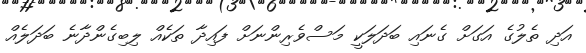
އަދި ތެލުގެ އަގަށް ގެނައި ބަދަލަކީ މަސްވެރިންނަށް ފައިދާ ތަކެއް ލިބިގެންދާނެ ބަދަލެއް